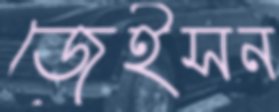
জেইসন